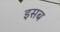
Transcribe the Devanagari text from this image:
इसब